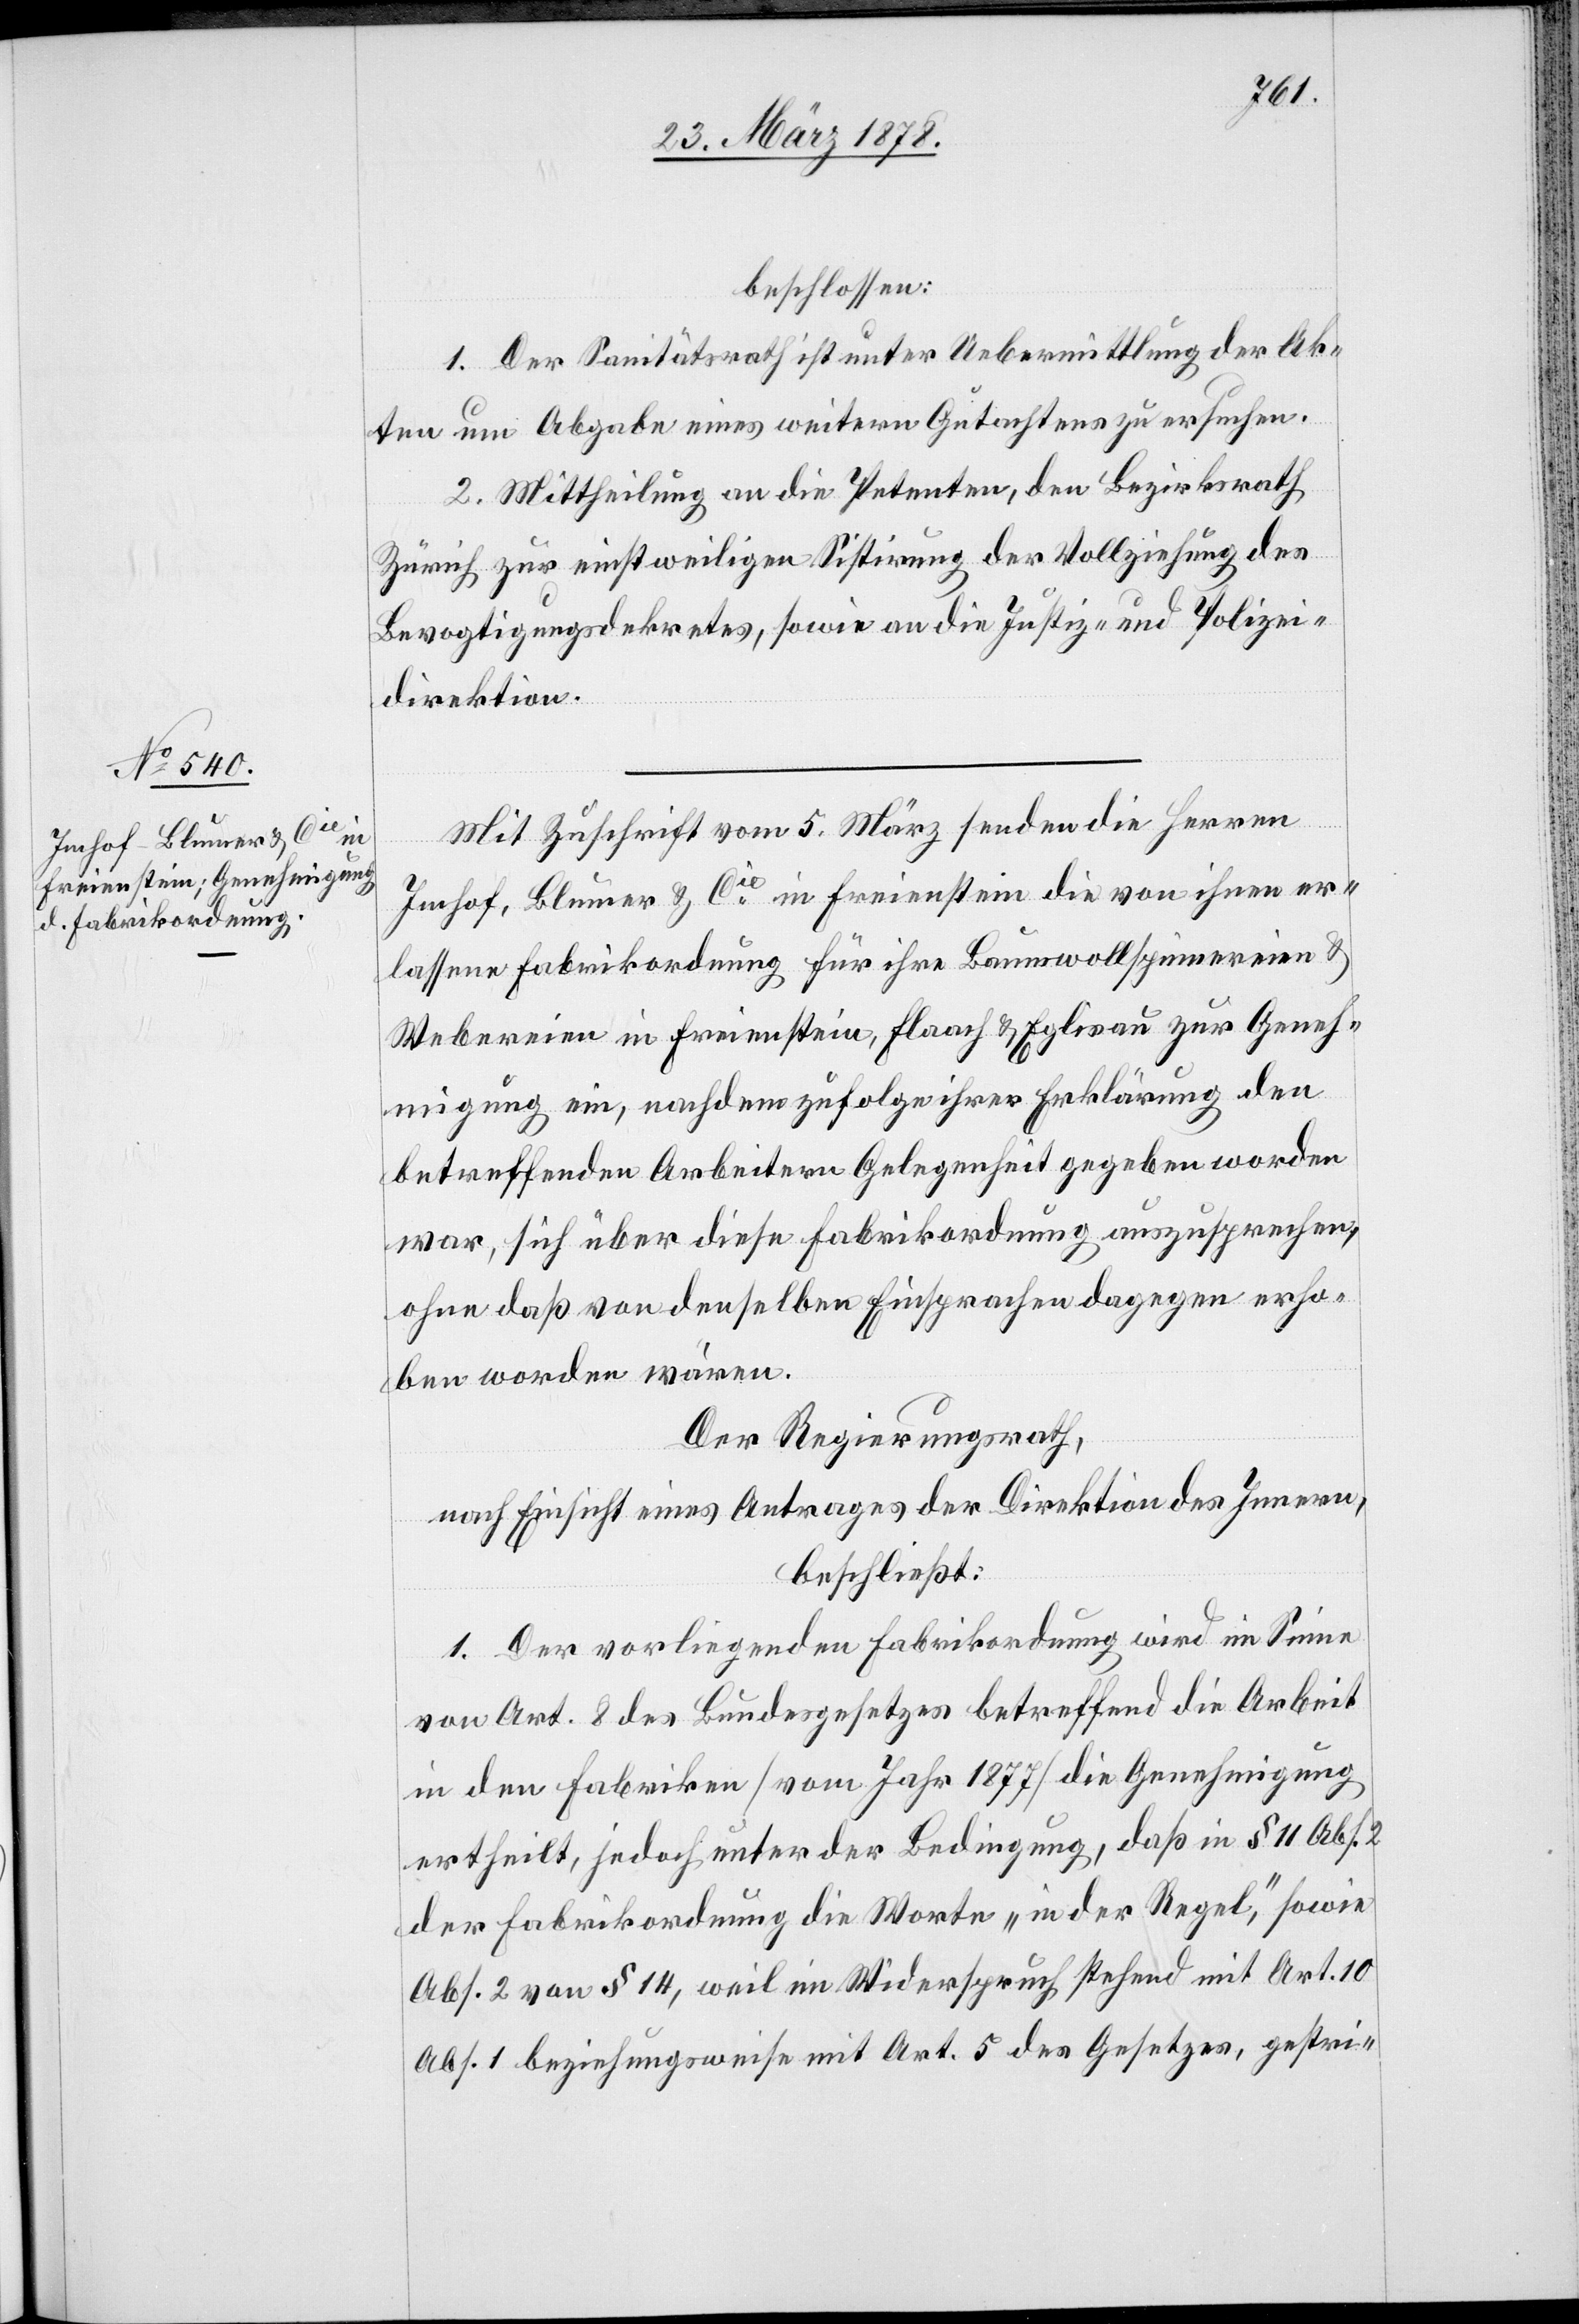
beschlossen:
1. Der Sanitätsrath ist unter Uebermittlung der Ak¬
ten um Abgabe eines weitern Gutachtens zu ersuchen.
2. Mittheilung an die Petenten, den Bezirksrath
Zürich zur einstweiligen Sistirung der Vollziehung des
Bevogtigungsdekretes, sowie an die Justiz- und Polizei¬
direktion.
Mit Zuschrift vom 5. März senden die Herren
Imhof, Blumer & Cie in Freienstein die von ihnen er¬
lassene Fabrikordnung für ihre Baumwollspinnereien &
Webereien in Freienstein, Flaach & Eglisau zur Geneh¬
migung ein, nachdem zufolge ihrer Erklärung den
betreffenden Arbeitern Gelegenheit gegeben worden
war, sich über diese Fabrikordnung auszusprechen,
ohne daß von denselben Einsprachen dagegen erho¬
ben worden wären.
Der Regierungsrath,
nach Einsicht eines Antrages der Direktion des Innern,
beschließt:
1. Der vorliegenden Fabrikordnung wird im Sinne
von Art. 8 des Bundesgesetzes betreffend die Arbeit
in den Fabriken (vom Jahr 1877) die Genehmigung
ertheilt, jedoch unter der Bedingung, daß in § 11 Abs.
der Fabrikordnung die Worte „in der Regel“, sowie
Abs. 2 von § 14, weil im Widerspruch stehend mit Art. 10
Abs. 1 beziehungsweise mit Art. 5 des Gesetzes, gestri-